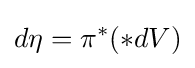
d\eta =\pi ^{*}(*dV)